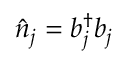
\hat { n } _ { j } = b _ { j } ^ { \dagger } b _ { j }